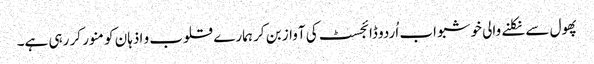
پھول سے نکلنے والی خوشبو اب اُردو ڈائجسٹ کی آواز بن کر ہمارے قلوب و اذہان کو منور کر رہی ہے۔